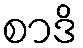
စာဒိ